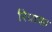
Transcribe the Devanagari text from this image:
रियाका